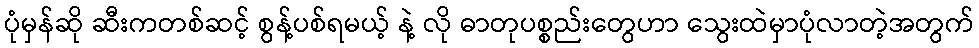
ပုံမှန်ဆို ဆီးကတစ်ဆင့် စွန့်ပစ်ရမယ့် နဲ့ လို ဓာတုပစ္စည်းတွေဟာ သွေးထဲမှာပုံလာတဲ့အတွက်